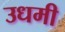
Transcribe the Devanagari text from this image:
उधमी